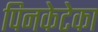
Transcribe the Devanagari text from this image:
पिनकेटेका